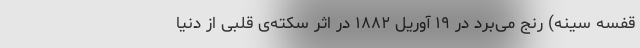
قفسه سینه) رنج می‌برد در ۱۹ آوریل ۱۸۸۲ در اثر سکته‌ی قلبی از دنیا